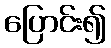
ပြောင်း၍